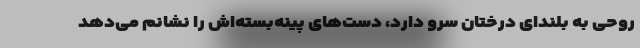
روحی به بلندای درختان سرو دارد، دست‌های پینه‌بسته‌اش را نشانم می‌دهد